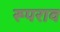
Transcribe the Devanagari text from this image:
रूपराव